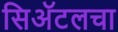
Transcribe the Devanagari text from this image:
सिॲटलचा